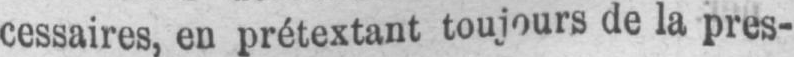
cessaires, en prétextant toujours de la pres-